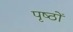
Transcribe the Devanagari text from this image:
पृष्‍ठों